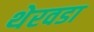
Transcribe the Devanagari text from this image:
थेरवडा